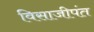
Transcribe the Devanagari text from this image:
विसाजीपंत